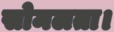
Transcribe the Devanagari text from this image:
सोमलता।